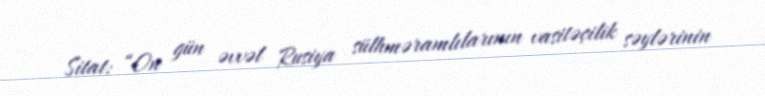
Sitat: “On gün əvvəl Rusiya sülhməramlılarının vasitəçilik səylərinin